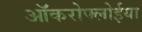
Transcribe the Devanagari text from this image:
ऑकरोफ्लोईया